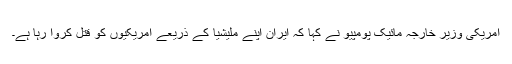
امریکی وزیر خارجہ مائیک پومپیو نے کہا کہ ایران اپنے ملیشیا کے ذریعے امریکیوں کو قتل کروا رہا ہے۔